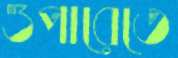
ওপারেতে